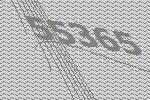
55365